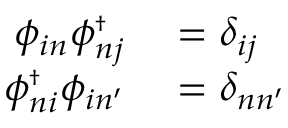
\begin{array} { r l } { \phi _ { i n } \ensuremath { \phi _ { n j } ^ { \scriptscriptstyle \dag } } } & { { } = \delta _ { i j } } \\ { \ensuremath { \phi _ { n i } ^ { \scriptscriptstyle \dag } } \phi _ { i n ^ { \prime } } } & { { } = \delta _ { n n ^ { \prime } } } \end{array}